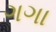
ગગા